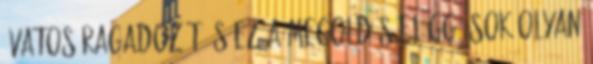
óvatos ragadozót és ez a megoldás eléggé sok olyan